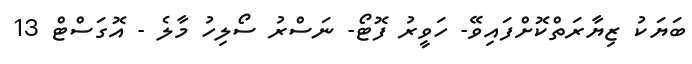
ބަޔަކު ޒިޔާރަތްކޮށްފައިވޭ- ހަވީރު ފޮޓޯ- ނަސްރު ސޯލިހު މާލެ - އޮގަސްޓް 13